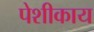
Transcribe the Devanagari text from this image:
पेशीकाय